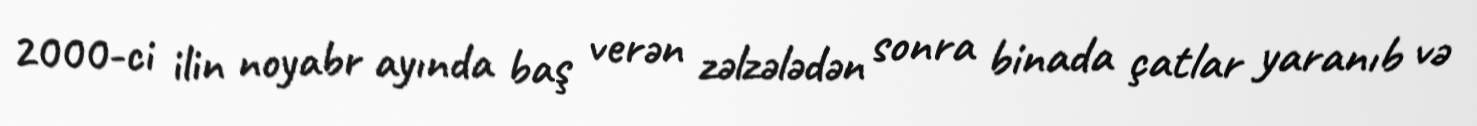
2000-ci ilin noyabr ayında baş verən zəlzələdən sonra binada çatlar yaranıb və